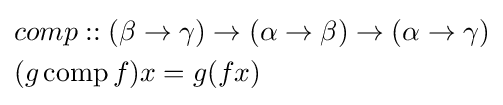
{\begin{aligned}&comp::(\beta \to \gamma )\to (\alpha \to \beta )\to (\alpha \to \gamma )\\&(g\operatorname {comp} f)x=g(fx)\end{aligned}}